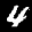
Label: 4